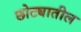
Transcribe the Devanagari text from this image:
छोट्यातील